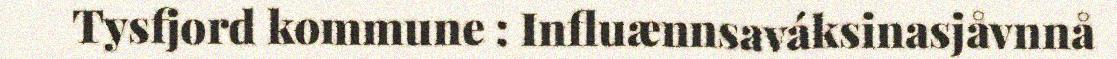
Tysfjord kommune : Influænnsaváksinasjåvnnå